Annual report of the Punjab Veterinary College and of the Civil Veterinary Department, Punjab - 1926-1932
Year: 1926
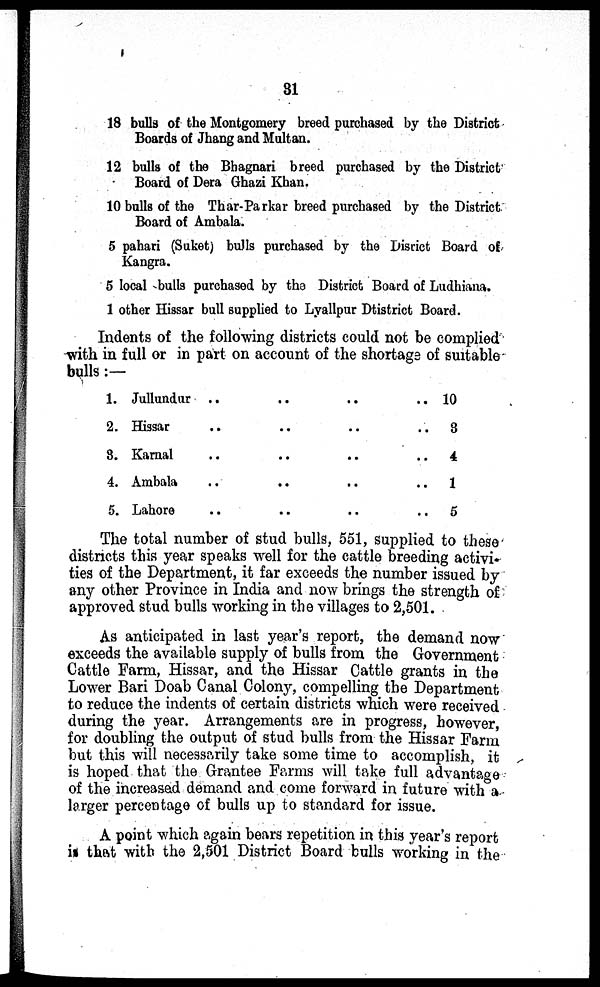
31
18 bulls of the Montgomery breed purchased by the District
Boards of Jhang and Multan.
12 bulls of the Bhagnari breed purchased by the District
Board of Dera Ghazi Khan.
10 bulls of the Thar-Parkar breed purchased by the District
Board of Ambala.
5 pahari (Suket) bulls purchased by the District Board of
Kangra.
5 local bulls purchased by the District Board of Ludhiana.
1 other Hissar bull supplied to Lyallpur Dtistrict Board.
Indents of the following districts could not be complied
with in full or in part on account of the shortage of suitable
bulls:—
1. Jullundur .. .. .. ..
2. Hissar .. .. .. ..
3. Karnal .. .. .. ..
4. Ambala .. .. .. ..
5. Lahore .. .. .. ..
10
3
4
1
5
The total number of stud bulls, 551, supplied to these
districts this year speaks well for the cattle breeding activi-
ties of the Department, it far exceeds the number issued by
any other Province in India and now brings the strength of
approved stud bulls working in the villages to 2,501.
As anticipated in last year's report, the demand now
exceeds the available supply of bulls from the Government
Cattle Farm, Hissar, and the Hissar Cattle grants in the
Lower Bari Doab Canal Colony, compelling the Department
to reduce the indents of certain districts which were received
during the year. Arrangements are in progress, however,
for doubling the output of stud bulls from the Hissar Farm
but this will necessarily take some time to accomplish, it
is hoped that the Grantee Farms will take full advantage
of the increased demand and come forward in future with a
larger percentage of bulls up to standard for issue.
A point which again bears repetition in this year's report
is that with the 2,501 District Board bulls working in the